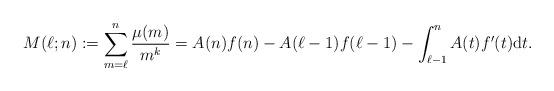
LaTeX: \begin{align*}M(\ell;n) := \sum_{m=\ell}^{n} \frac{\mu(m)}{m^k} & = A(n) f(n)- A(\ell-1) f(\ell-1) - \int_{\ell-1}^n A(t) f'(t) {\rm d}t.\end{align*}